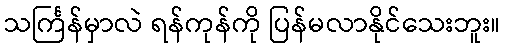
သင်္ကြန်မှာလဲ ရန်ကုန်ကို ပြန်မလာနိုင်သေးဘူး။